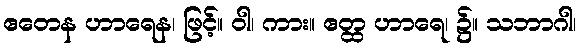
ဧတေန ဟာရေန၊ ဖြင့်။ ဝါ၊ ကား။ ဧတ္ထ ဟာရေ၊ ၌။ သဘာဂါ၊